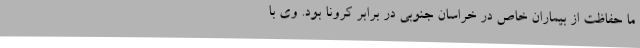
ما حفاظت از بیماران خاص در خراسان ‌جنوبی در برابر کرونا بود. وی با